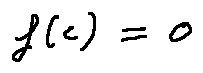
f ( c ) = 0